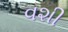
વશી